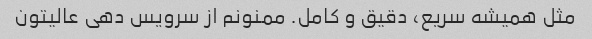
مثل همیشه سریع، دقیق و کامل. ممنونم از سرویس دهی عالیتون